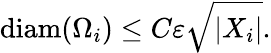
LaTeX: \mathrm{diam}(\Omega_{i})\leq C\varepsilon\sqrt{|X_{i}|}.